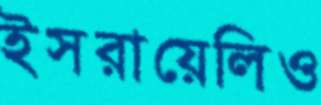
ইসরায়েলিও